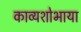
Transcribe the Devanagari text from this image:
काव्यशोभाया